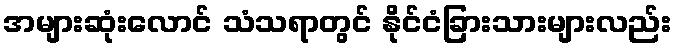
အများဆုံးလောင် သံသရာတွင် နိုင်ငံခြားသားများလည်း